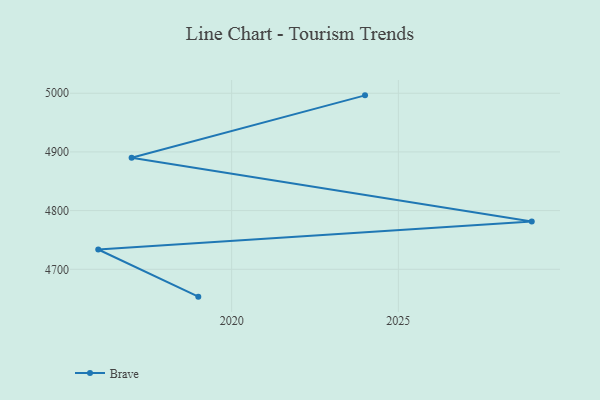
{"axis": {"x": "Year", "y": "Energy Usage (MWh)"}, "legend": ["Brave"], "data": [{"x": "2019", "y": 4653.4, "type": "Brave"}, {"x": "2016", "y": 4733.7, "type": "Brave"}, {"x": "2029", "y": 4781.3, "type": "Brave"}, {"x": "2017", "y": 4890.1, "type": "Brave"}, {"x": "2024", "y": 4996.4, "type": "Brave"}]}